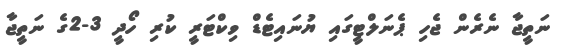
ނަތީޖާ ނެރެން ޖެހި ޕެނަލްޓީގައި ޔުނައިޓެޑް ވިކްޓަރީ ކުރި ހޯދީ 3-2ގެ ނަތީޖާ